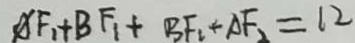
A F _ { 1 } + B F _ { 1 } + B F _ { 2 } + A F _ { 2 } = 1 2